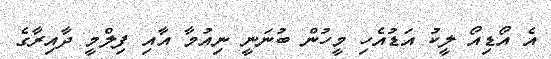
އެ އޯޑިއޯ ލީކު އަޑުއެހި މީހުން ބުނަނީ ނިއުމާ އާއި ފިލްމީ ދާއިރާގެ